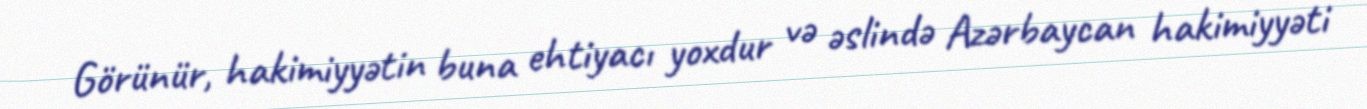
Görünür, hakimiyyətin buna ehtiyacı yoxdur və əslində Azərbaycan hakimiyyəti